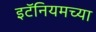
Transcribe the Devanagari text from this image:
इटॅनियमच्या